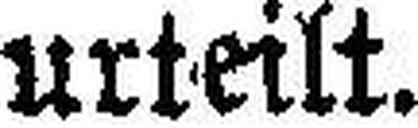
urteilt.